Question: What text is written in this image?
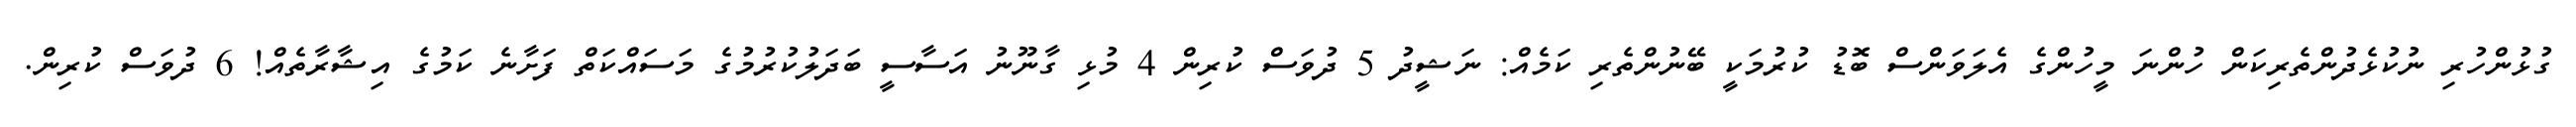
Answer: ގުޅުންހުރި ނުކުޅެދުންތެރިކަން ހުންނަ މީހުންގެ އެލަވަންސް ބޮޑު ކުރުމަކީ ބޭނުންތެރި ކަމެއް: ނަޝީދު 5 ދުވަސް ކުރިން 4 މުޅި ގާނޫނު އަސާސީ ބަދަލުކުރުމުގެ މަސައްކަތް ފަށާނެ ކަމުގެ އިޝާރާތެއް! 6 ދުވަސް ކުރިން.